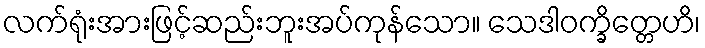
လက်ရုံးအားဖြင့်ဆည်းဘူးအပ်ကုန်သော။ သေဒါဝက္ခိတ္တေဟိ၊